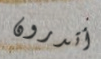
أتدرون